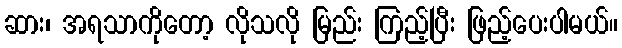
ဆား၊ အရသာကိုတော့ လိုသလို မြည်း ကြည့်ပြီး ဖြည့်ပေးပါမယ်။